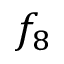
f _ { 8 }